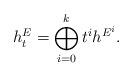
LaTeX: \begin{align*}\begin{aligned}h^{E}_{t}=\bigoplus_{i=0}^{k}t^{i}h^{E^{i}}.\end{aligned}\end{align*}